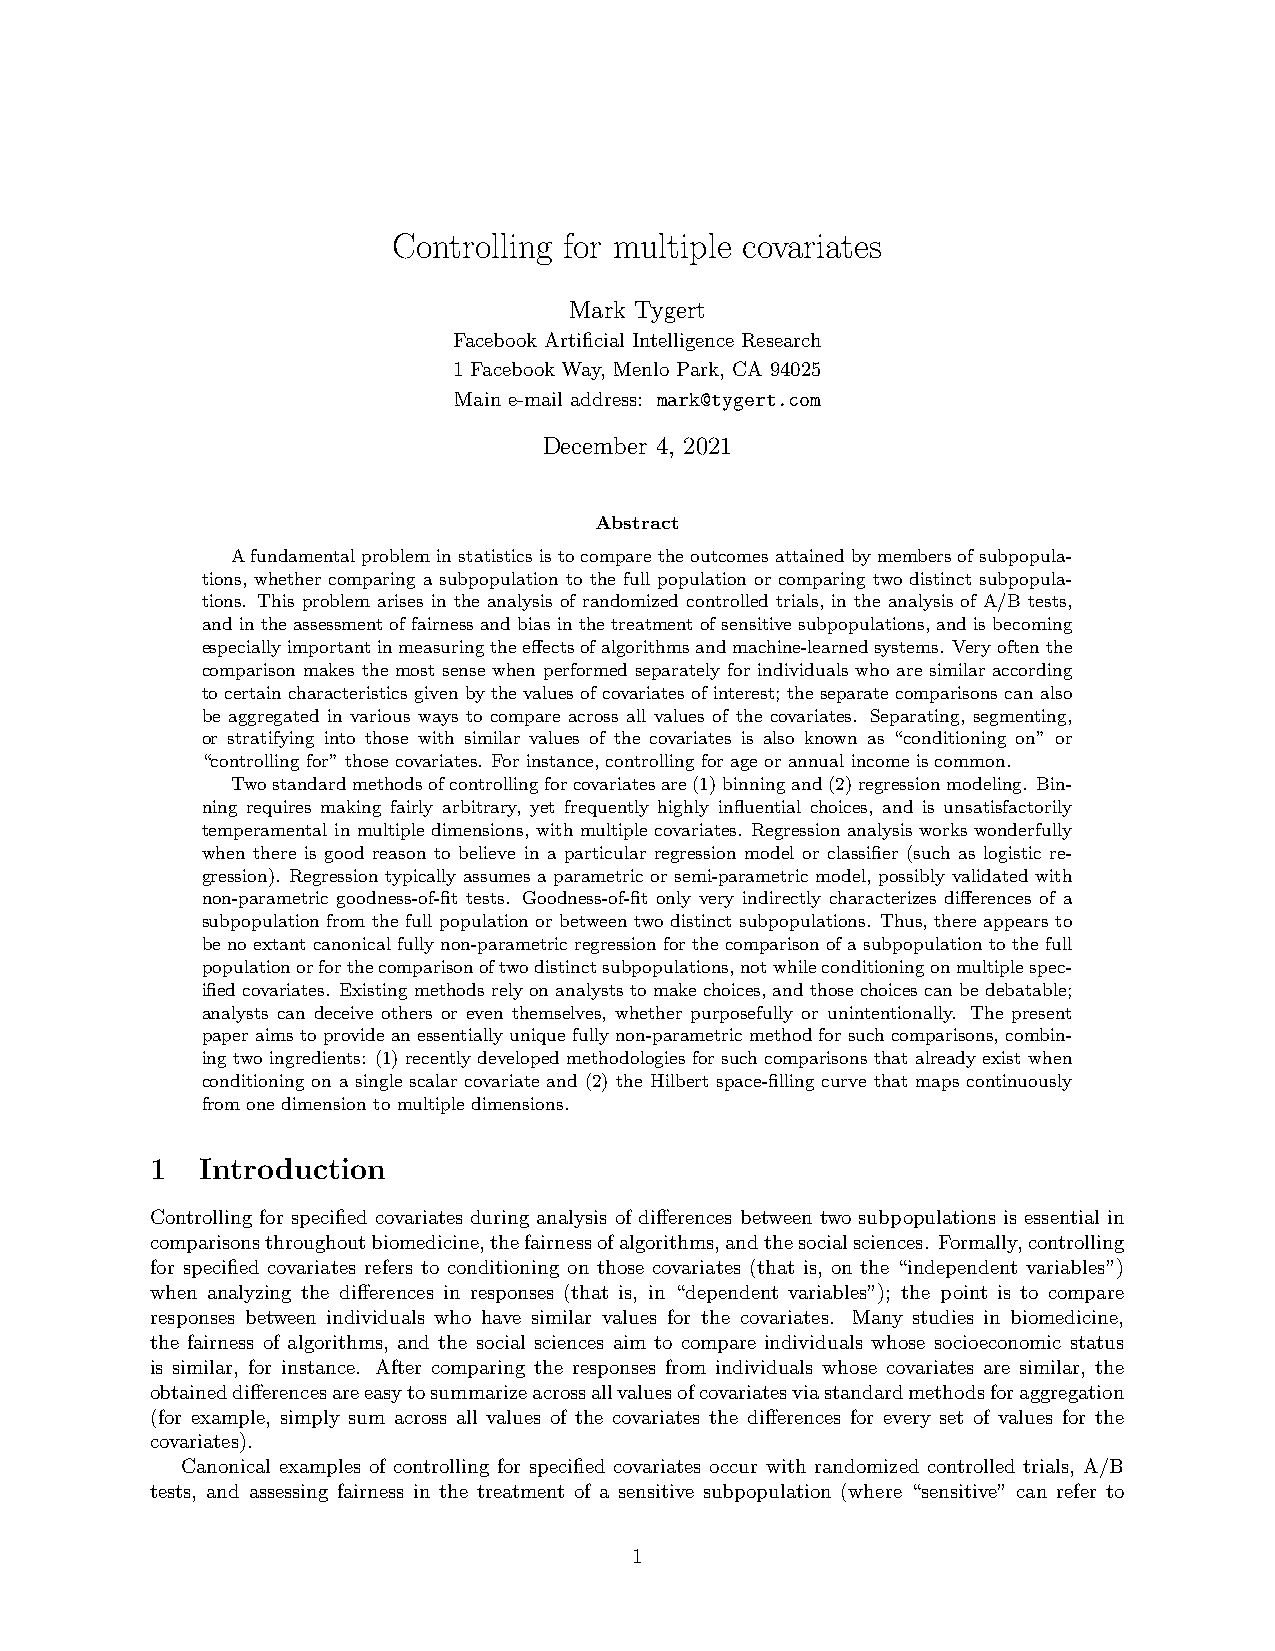
Controlling for multiple covariates
 Mark Tygert
 Facebook Artificial Intelligence Research
 1 Facebook Way, Menlo Park, CA 94025
 Main e-mail address: mark@tygert.com
 December 4, 2021
 Abstract
 A fundamental problem in statistics is to compare the outcomes attained by members of subpopula-
 tions, whether comparing a subpopulation to the full population or comparing two distinct subpopula-
 tions. This problem arises in the analysis of randomized controlled trials, in the analysis of A/B tests,
 andintheassessmentoffairnessandbiasinthetreatmentofsensitivesubpopulations,andisbecoming
 especiallyimportantinmeasuringtheeffectsofalgorithmsandmachine-learnedsystems. Veryoftenthe
 comparison makes the most sense when performed separately for individuals who are similar according
 to certain characteristics given by the values of covariates of interest; the separate comparisons can also
 be aggregated in various ways to compare across all values of the covariates. Separating, segmenting,
 or stratifying into those with similar values of the covariates is also known as “conditioning on” or
 “controlling for” those covariates. For instance, controlling for age or annual income is common.
 Twostandardmethodsofcontrollingforcovariatesare(1)binningand(2)regressionmodeling. Bin-
 ning requires making fairly arbitrary, yet frequently highly influential choices, and is unsatisfactorily
 temperamental in multiple dimensions, with multiple covariates. Regression analysis works wonderfully
 when there is good reason to believe in a particular regression model or classifier (such as logistic re-
 gression). Regression typically assumes a parametric or semi-parametric model, possibly validated with
 non-parametric goodness-of-fit tests. Goodness-of-fit only very indirectly characterizes differences of a
 subpopulation from the full population or between two distinct subpopulations. Thus, there appears to
 benoextantcanonicalfullynon-parametricregressionforthecomparisonofasubpopulationtothefull
 populationorforthecomparisonoftwodistinctsubpopulations,notwhileconditioningonmultiplespec-
 ified covariates. Existing methods rely on analysts to make choices, and those choices can be debatable;
 analysts can deceive others or even themselves, whether purposefully or unintentionally. The present
 paperaimstoprovideanessentiallyuniquefullynon-parametricmethodforsuchcomparisons, combin-
 ing two ingredients: (1) recently developed methodologies for such comparisons that already exist when
 conditioning on a single scalar covariate and (2) the Hilbert space-filling curve that maps continuously
 from one dimension to multiple dimensions.
 1  Introduction
 Controlling for specified covariates during analysis of differences between two subpopulations is essential in
 comparisonsthroughoutbiomedicine,thefairnessofalgorithms,andthesocialsciences. Formally,controlling
 for specified covariates refers to conditioning on those covariates (that is, on the “independent variables”)
 when analyzing the differences in responses (that is, in “dependent variables”); the point is to compare
 responses between individuals who have similar values for the covariates. Many studies in biomedicine,
 the fairness of algorithms, and the social sciences aim to compare individuals whose socioeconomic status
 is similar, for instance. After comparing the responses from individuals whose covariates are similar, the
 obtaineddifferencesareeasytosummarizeacrossallvaluesofcovariatesviastandardmethodsforaggregation
 (for example, simply sum across all values of the covariates the differences for every set of values for the
 covariates).
 Canonical examples of controlling for specified covariates occur with randomized controlled trials, A/B
 tests, and assessing fairness in the treatment of a sensitive subpopulation (where “sensitive” can refer to
 1